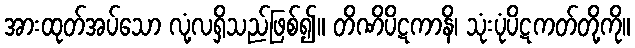
အားထုတ်အပ်သော လုံ့လရှိသည်ဖြစ်၍။ တိဏိပိဋကာနိ၊ သုံးပုံပိဋကတ်တို့ကို။